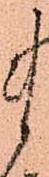
ま